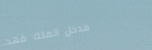
مدخل الملك فهد